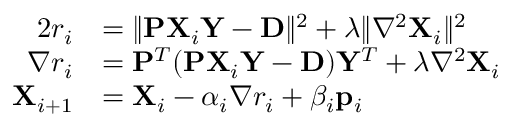
\begin{array} { r l } { 2 r _ { i } } & { = \Vert \mathbf { P X } _ { i } \mathbf { Y } - \mathbf { D } \Vert ^ { 2 } + \lambda \Vert \nabla ^ { 2 } \mathbf { X } _ { i } \Vert ^ { 2 } } \\ { \nabla r _ { i } } & { = \mathbf { P } ^ { T } ( \mathbf { P X } _ { i } \mathbf { Y } - \mathbf { D } ) \mathbf { Y } ^ { T } + \lambda \nabla ^ { 2 } \mathbf { X } _ { i } } \\ { \mathbf { X } _ { i + 1 } } & { = \mathbf { X } _ { i } - \alpha _ { i } \nabla { r _ { i } } + \beta _ { i } \mathbf { p } _ { i } } \end{array}